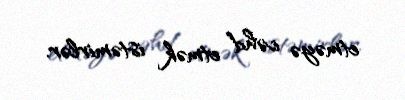
etməyə cəhd etmək istəmirlər.